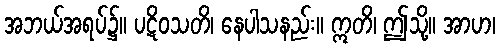
အဘယ်အရပ်၌။ ပဋိဝသတိ၊ နေပါသနည်း။ ဣတိ၊ ဤသို့။ အာဟ၊